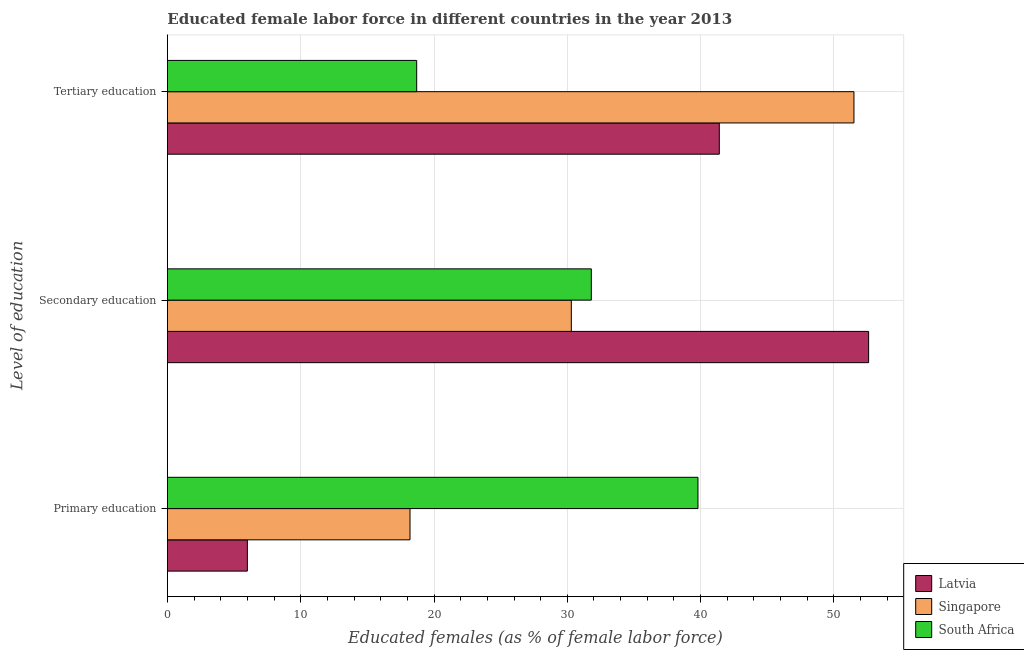
| Level of education | Latvia | Singapore | South Africa |
 | --- | --- | --- | --- |
 | Primary education | 6 | 18.2 | 39.8 |
 | Secondary education | 52.6 | 30.3 | 31.8 |
 | Tertiary education | 41.4 | 51.5 | 18.7 |